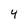
Character: 4